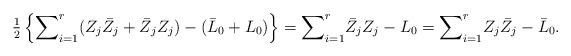
LaTeX: \begin{align*} \tfrac{1}{2}\left\{{\sum}_{i=1}^r({Z_j\bar{Z}_j+\bar{Z}_jZ_j}) -(\bar{L}_0+{L}_0)\right\}= {\sum}_{i=1}^r{\bar{Z}_jZ_j}-L_0={\sum}_{i=1}^rZ_j\bar{Z}_j-\bar{L}_0.\end{align*}